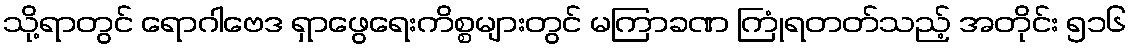
သို့ရာတွင် ရောဂါဗေဒ ရှာဖွေရေးကိစ္စများတွင် မကြာခဏ ကြုံရတတ်သည့် အတိုင်း ၅၁၆